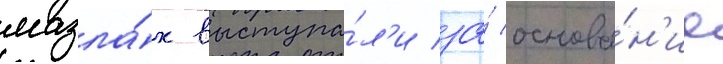
мазла́х выступа́л'и за́ основа́н'ие